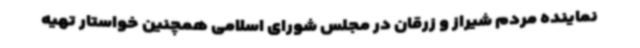
نماینده مردم شیراز و زرقان در مجلس شورای اسلامی همچنین خواستار تهیه